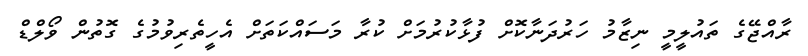
ރާއްޖޭގެ ތައުލީމީ ނިޒާމު ހަރުދަނާކޮށް ފުޅާކުރުމަށް ކުރާ މަސައްކަތަށް އެހީތެރިވުމުގެ ގޮތުން ވޯލްޑް